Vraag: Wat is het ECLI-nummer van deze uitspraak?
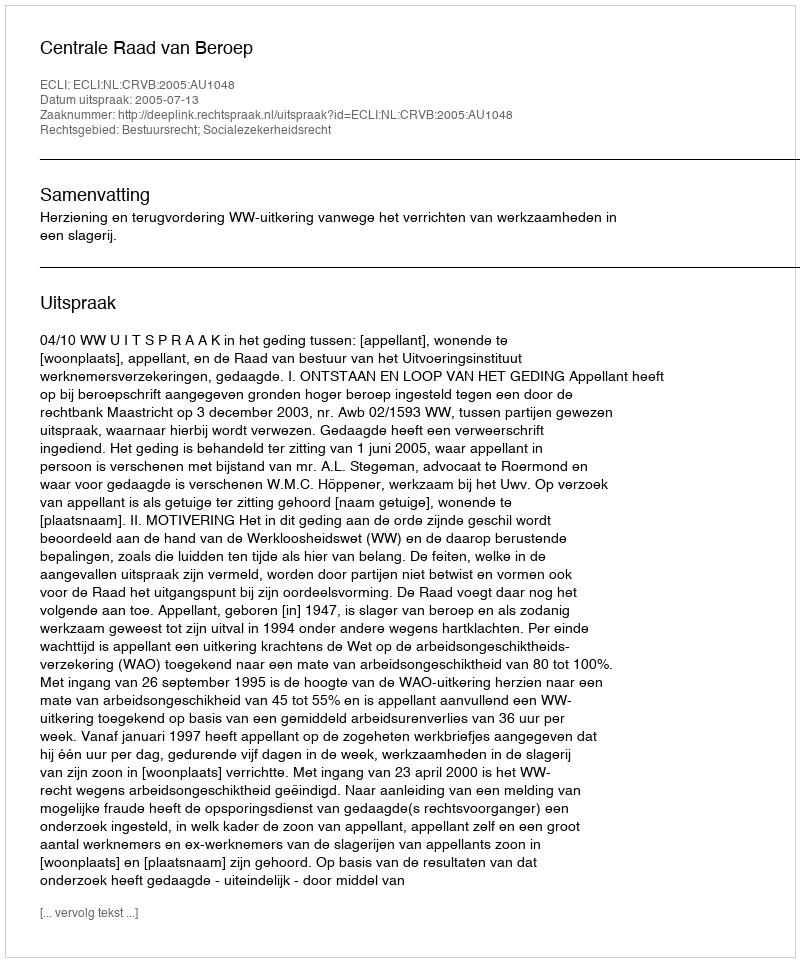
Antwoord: ECLI:NL:CRVB:2005:AU1048